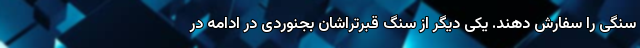
سنگی را سفارش دهند. یکی دیگر از سنگ قبرتراشان بجنوردی در ادامه در